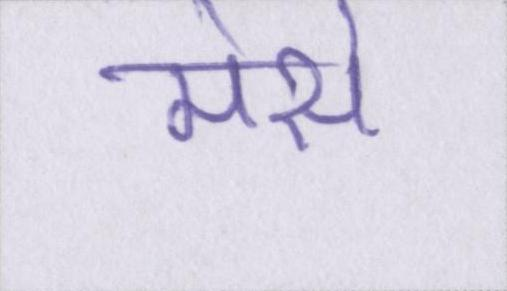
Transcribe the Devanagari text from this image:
मेसे